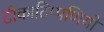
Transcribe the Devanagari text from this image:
टीकाटिप्पणियों